system: You are a helpful assistant.
user:
Analyze the provided spectrum to determine if it is a **Carbon Star (C-type)**.

- **Key Visual Indicators of Carbon Star:**
    - **(Primary):** Strong molecular absorption from **C₂ (diatomic carbon) "Swan Bands."** This is the **defining feature** of a carbon star.
        - **(Key Bandheads):** Sharp absorption edges are visible at approximately $5635$ Å, $5165$ Å (the strongest band), and $4737$ Å.
        - **(Line Profile):** Creates a distinct **"saw-tooth"** pattern. The key morphology is a sharp, steep bandhead on the **red (long-wavelength) side**, which then gradually tapers off (i.e., flux recovers) towards the **blue (short-wavelength) side**. *(This is the direct opposite of the TiO bands seen in M-type stars)*.

    - **(Secondary):** Intense **CN (cyanogen)** molecular absorption bands.
        - **(Key Bandheads):** Located in the blue and violet regions of the spectrum (e.g., near $4215$ Å and $3883$ Å).
        - **(Morphology):** These bands are extremely broad and act as a "blanket," absorbing the vast majority of blue and violet light. This creates a characteristic **"cliff"** or **"steep drop-off"** in the spectrum's flux at short wavelengths.

    - **(Key Confirmation):** Strong **CH absorption band (G-band)**.
        - **(Key Bandhead):** Located around $4300$ Å. The contribution from CH molecules to this band is exceptionally strong.

    - **(Overall Spectrum):**
        - The continuum is severely "chopped up" by these deep molecular bands, especially C₂, rather than appearing as a smooth curve.
        - Due to the heavy CN and C₂ absorption in the blue-green, the vast majority of the star's flux is concentrated in the red part of the spectrum, giving the star its characteristic deep red color.

Think first, call **spectral_visualization_tool** if needed to examine features in detail, then provide your final answer. Your response must adhere to the following strict rules:
1.  **Overall Structure:** Your response must follow the format `<think>...</think> <tool_call>...</tool_call> (if a tool is used) <answer>...</answer>`.
2.  **Tool Usage Constraint:** You may only make **one** tool call per turn.
3.  **Final Answer Format:** In the `<answer>` tag, your conclusion must be inside a `\boxed{}` command (e.g., `\boxed{YES}`), followed by your justification.

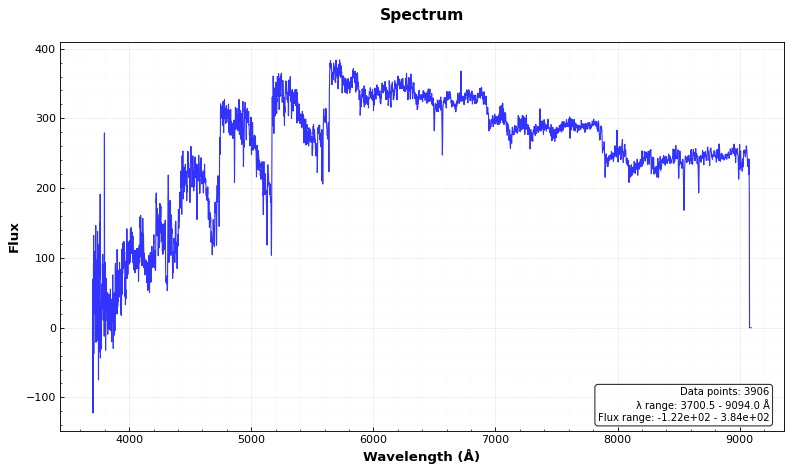
Answer: YES